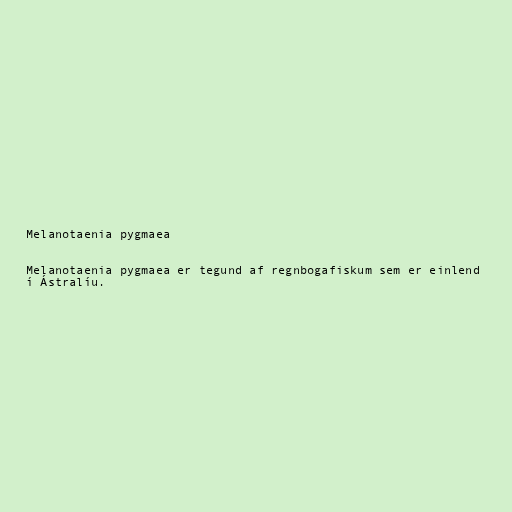
Melanotaenia pygmaea

Melanotaenia pygmaea er tegund af regnbogafiskum sem er einlend
í Ástralíu.